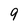
Character: 9